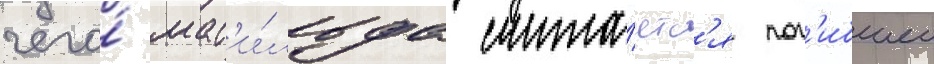
чего́ мат'и́льда счита́етс'я пог'ибшеи